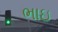
ભાઇ